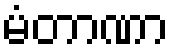
မံတာဏာ